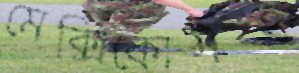
মেক্সিকোসহ